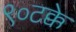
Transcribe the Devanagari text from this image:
९०टक्के